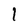
Character: 1